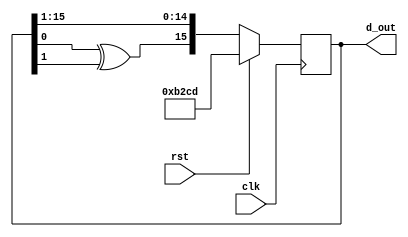
`timescale 1ns/1ns

// Linear feedback shift register

module LFSR(input wire clk,
			input wire rst,
			output reg [15:0] d_out);
			
	always @(posedge clk)
	begin
		if (rst)
		begin
			d_out <= 16'b1011001011001101;
		end else
		begin
			d_out <= {d_out[0] ^ d_out[1], d_out[15:1]};
		end
	end
endmodule